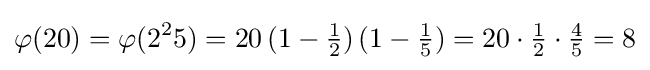
\varphi (20)=\varphi (2^{2}5)=20\,(1-{\tfrac {1}{2}})\,(1-{\tfrac {1}{5}})=20\cdot {\tfrac {1}{2}}\cdot {\tfrac {4}{5}}=8